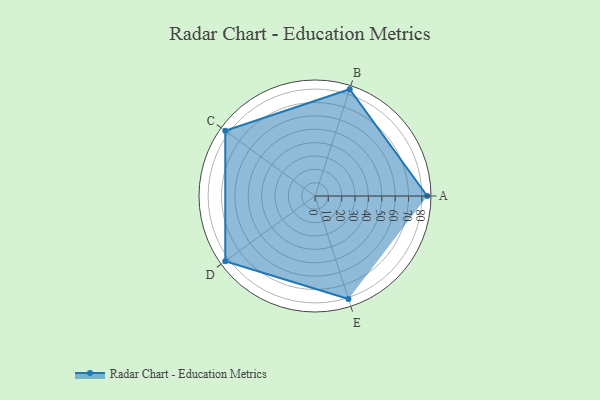
{"axis": {"x": "Skill", "y": "Score"}, "legend": ["Profile"], "data": [{"x": "A", "y": 84.0, "type": "Profile"}, {"x": "B", "y": 84.0, "type": "Profile"}, {"x": "C", "y": 83.0, "type": "Profile"}, {"x": "D", "y": 83.0, "type": "Profile"}, {"x": "E", "y": 81.0, "type": "Profile"}]}